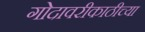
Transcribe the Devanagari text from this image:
गोदावरीकाठीच्या